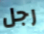
رجل